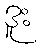
ဒူး